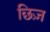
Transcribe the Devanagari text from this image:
छिज़